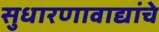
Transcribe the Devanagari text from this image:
सुधारणावाद्यांचे